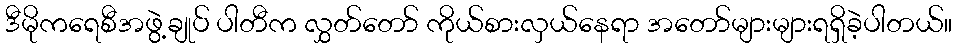
ဒီမိုကရေစီအဖွဲ့ချုပ် ပါတီက လွှတ်တော် ကိုယ်စားလှယ်နေရာ အတော်များများရရှိခဲ့ပါတယ်။